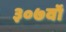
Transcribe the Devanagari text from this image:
३०७वॉ